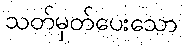
သတ်မှတ်ပေးသော